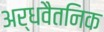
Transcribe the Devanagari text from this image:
अर्धवैतनिक